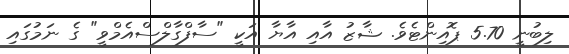
ލިބުނީ 5.70 ޕޮއިންޓެވެ. ޝާޒު އާއި އާޔާ އަކީ "ސާފްގާލްސްއެމްވީ" ގެ ނަމުގައި